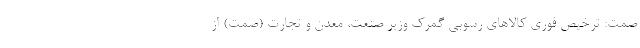
صمت: ترخیص فوری کالاهای رسوبی گمرک وزیر صنعت، معدن و تجارت (صمت) از